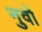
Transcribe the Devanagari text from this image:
नुवो